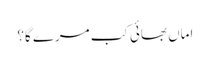
اماں بھائی کب مرے گا؟